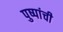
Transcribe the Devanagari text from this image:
पुष्पांची